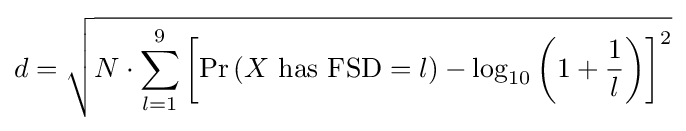
d={\sqrt {N\cdot \sum _{l=1}^{9}\left[\Pr \left(X{\text{ has FSD}}=l\right)-\log _{10}\left(1+{\frac {1}{l}}\right)\right]^{2}}}